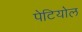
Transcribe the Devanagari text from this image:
पेटियोल